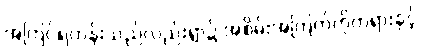
အကြင်ရဟန်းသည်လည်းရွာ၌ အစိမ်းအကြက်ကိုတရားနှင့်